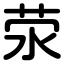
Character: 荥